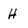
Character: H